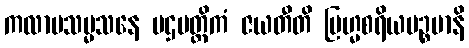
ကလာပသမ္မသနေ ပဌမတ္တိကံ ဇယတီတိ ဗြဟ္မစရိယပဉ္စမာနိ